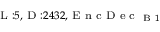
_ { \textrm { L } : 5 , \textrm { D } : 2 4 3 2 , \textrm { E n c D e c } _ { \textrm { B } 1 } }